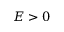
E > 0